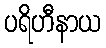
ပရိဟီနာယ